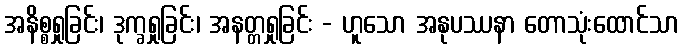
အနိစ္စရှုခြင်း၊ ဒုက္ခရှုခြင်း၊ အနတ္တရှုခြင်း - ဟူသော အနုပဿနာ တောသုံးထောင်သာ